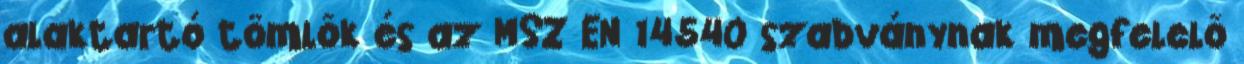
alaktartó tömlõk és az MSZ EN 14540 szabványnak megfelelõ